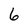
Character: 6